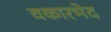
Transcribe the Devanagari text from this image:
वकारभेद